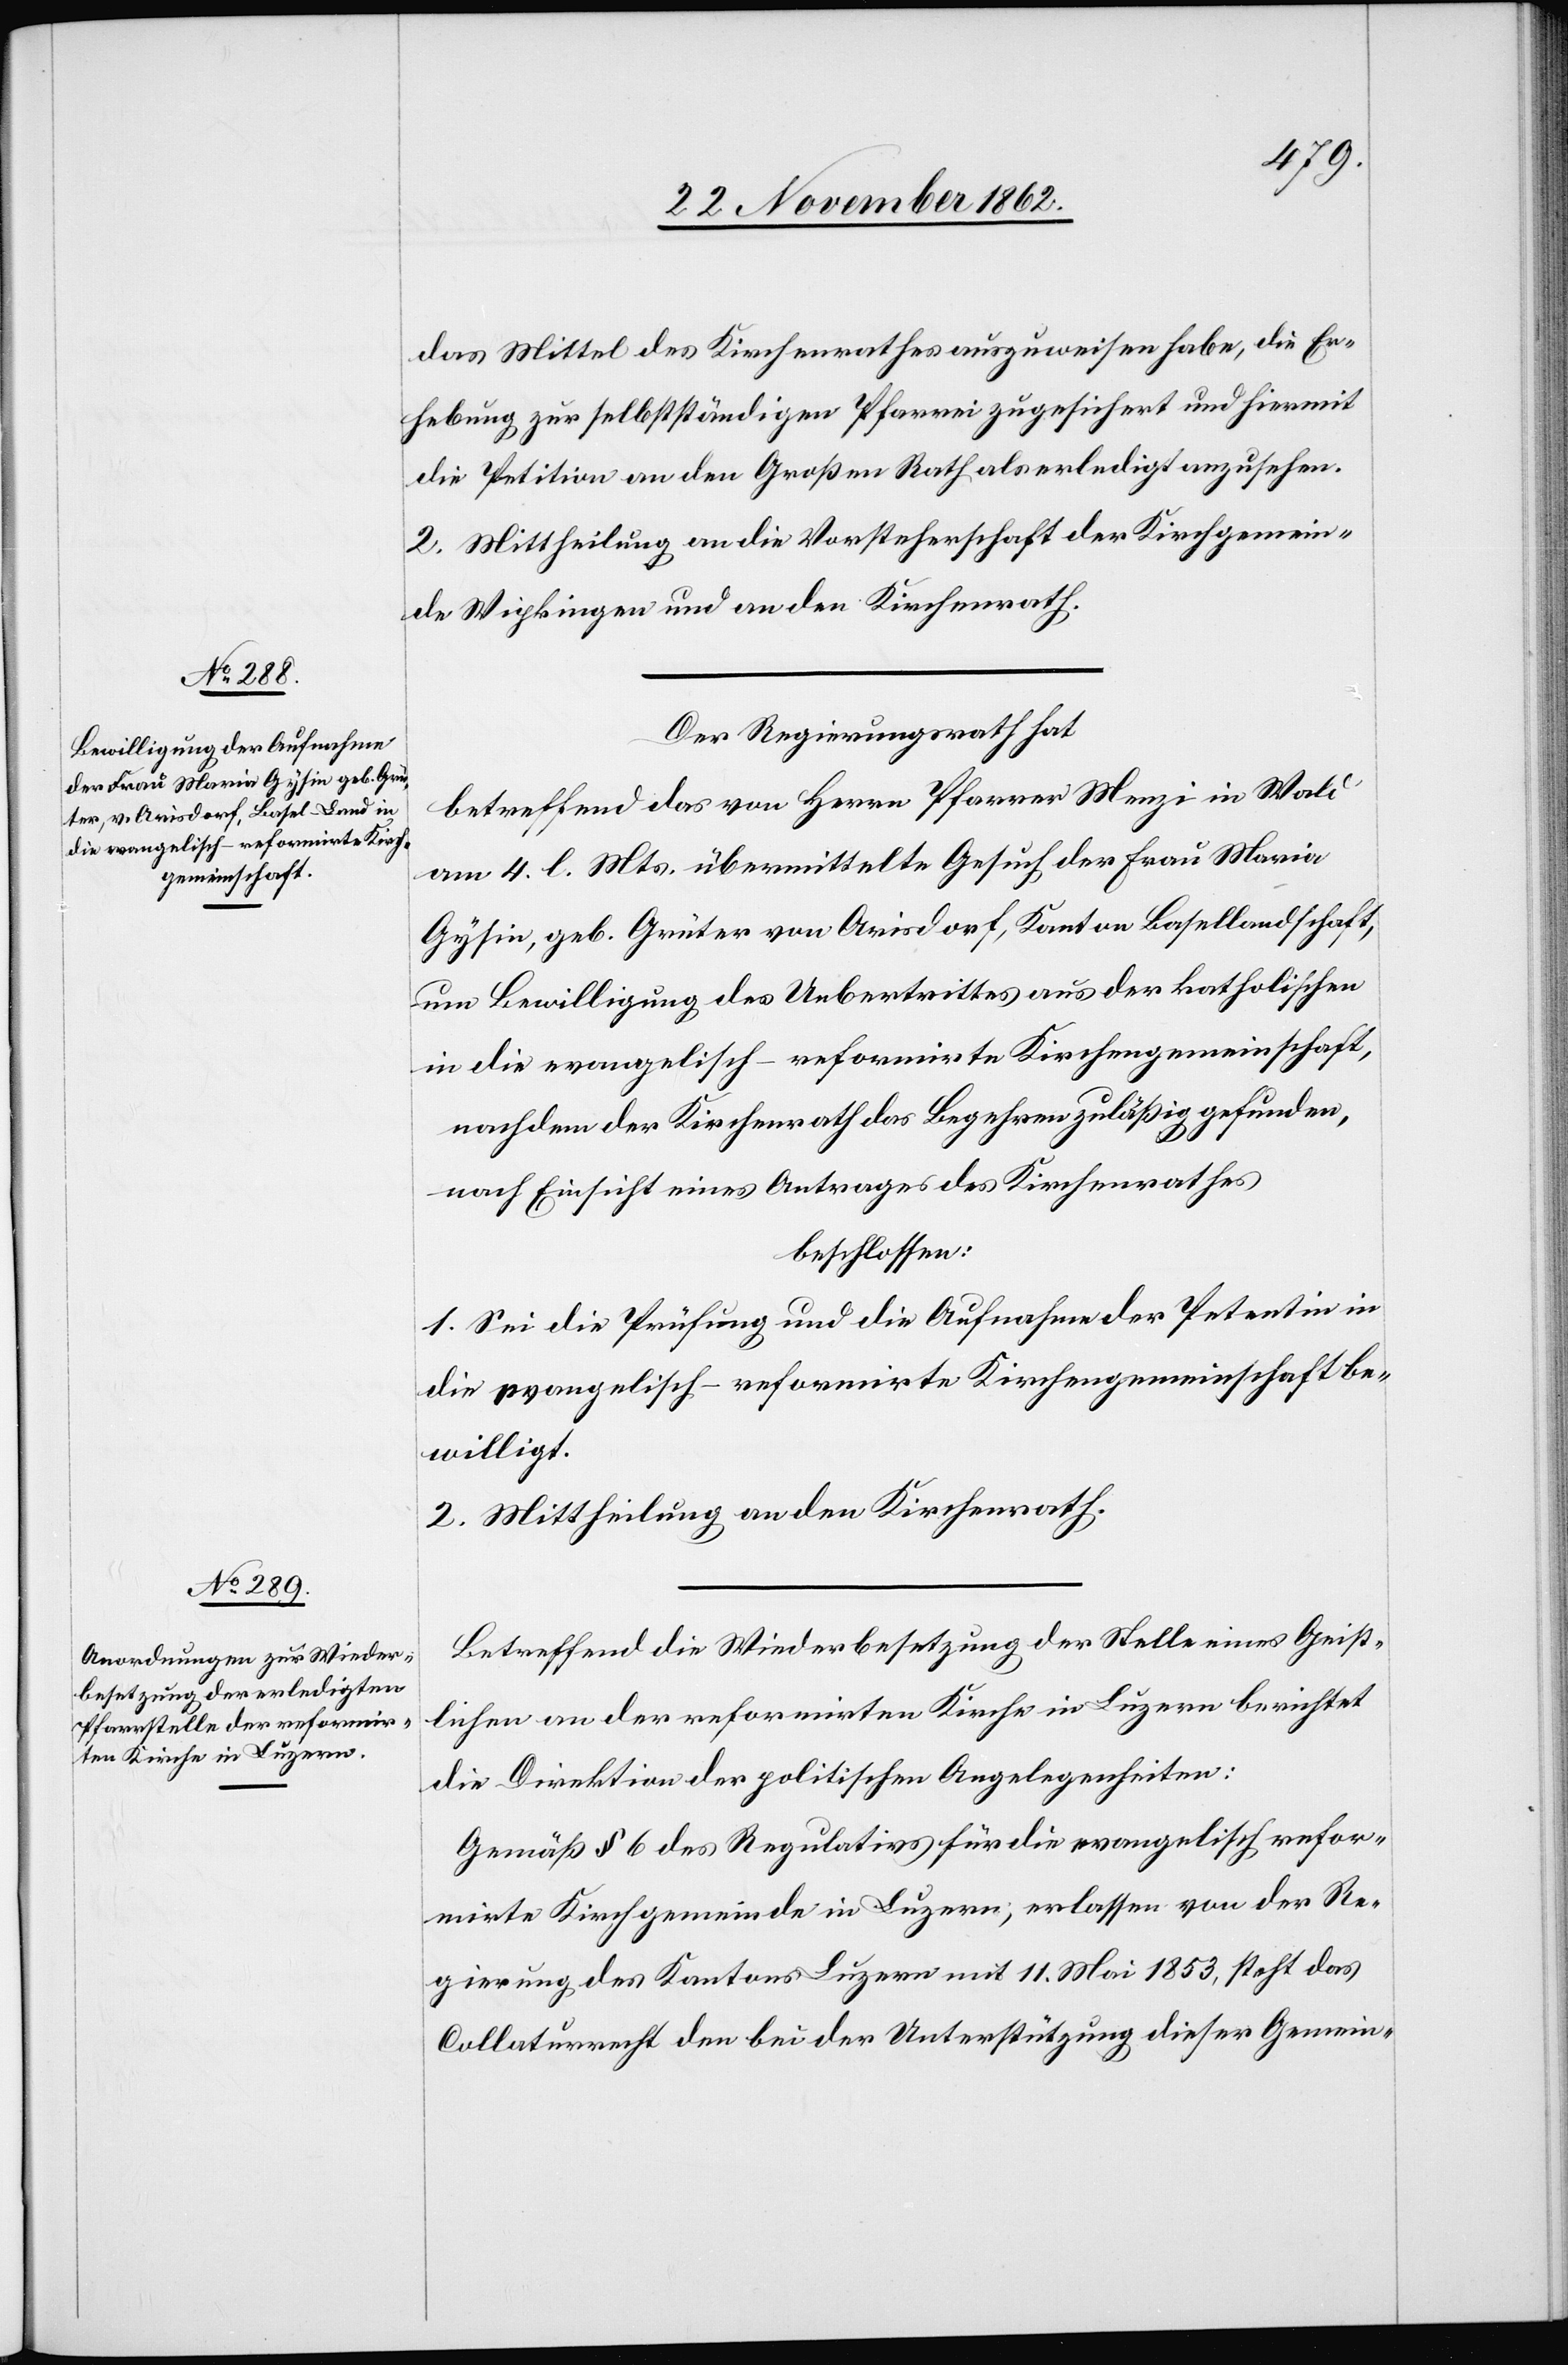
das Mittel des Kirchenrathes auszuweisen habe, die Er¬
hebung zur selbstständigen Pfarrei zugesichert und hiermit
die Petition an den Großen Rath als erledigt anzusehen.
2. Mittheilung an die Vorsteherschaft der Kirchgemein¬
de Wipkingen und an den Kirchenrath.
Der Regierungsrath hat
betreffend das von Herrn Pfarrer Menzi in Wald
am 4. l. Mts. übermittelte Gesuch der Frau Maria
Gysin, geb. Grüter von Arisdorf, Kanton Basellandschaft,
um Bewilligung des Uebertrittes aus der katholischen
in die evangelisch-reformirte Kirchengemeinschaft,
nachdem der Kirchenrath das Begehren zuläßig gefunden,
nach Einsicht eines Antrages des Kirchenrathes
beschlossen:
1. Sei die Prüfung und die Aufnahme der Petentin in
die evangelisch-reformirte Kirchengemeinschaft be¬
willigt.
2. Mittheilung an den Kirchenrath.
Betreffend die Wiederbesetzung der Stelle eines Geist¬
lichen an der reformirten Kirche in Luzern berichtet
die Direktion der politischen Angelegenheiten:
Gemäß § 6 des Regulativs für die evangelisch refor¬
mirte Kirchgemeinde in Luzern; erlassen von der Re¬
gierung des Kantons Luzern mit 11. Mai 1853, steht das
Collaturrecht den bei der Unterstützung dieser Gemein-